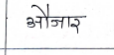
मजकूर: औजार